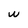
Character: w